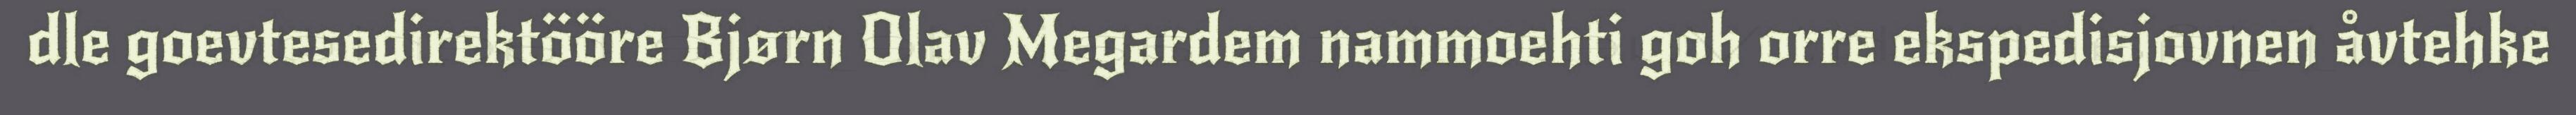
dle goevtesedirektööre Bjørn Olav Megardem nammoehti goh orre ekspedisjovnen åvtehke